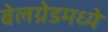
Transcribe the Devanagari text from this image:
बेलग्रेडमध्ये